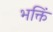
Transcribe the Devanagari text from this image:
भक्तिं